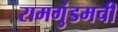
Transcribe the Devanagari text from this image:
रामगुंडमची